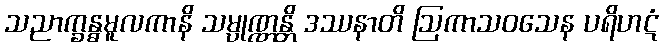
သညာက္ခန္ဓမူလကာနိ သမ္ပုဏ္ဏန္တိ ဒဿနာတိ ဩကာသဝသေန ပရိဟဋံ